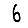
Digit: 6